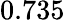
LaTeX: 0.735